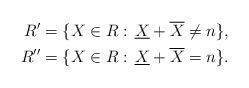
LaTeX: \begin{align*}R'&=\{X\in R: \, \underline{X}+\overline{X}\neq n \}, \\R''&=\{X\in R: \, \underline{X}+\overline{X}= n \}.\end{align*}